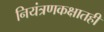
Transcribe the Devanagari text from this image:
नियंत्रणकक्षातही